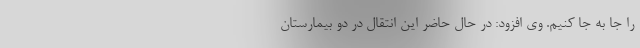
را جا به جا کنیم. وی افزود: در حال حاضر این انتقال در دو بیمارستان